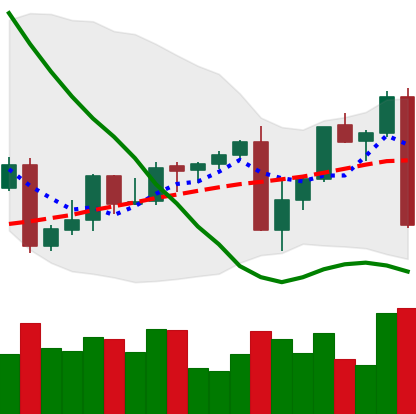
Ticker: XMR-USD
Chart end date: 2022-09-13
Forward return: -3.529%
Label: down_3_5